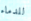
للدماء